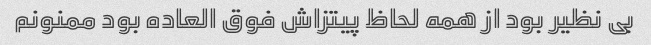
بی نظیر بود از همه لحاظ پیتزاش فوق العاده بود ممنونم